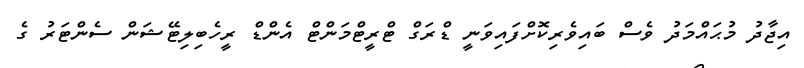
އިޖާދު މުޙައްމަދު ވެސް ބައިވެރިކޮށްފައިވަނީ ޑްރަގް ޓްރީޓްމަންޓް އެންޑް ރީހެބިލިޓޭޝަން ސެންޓަރު ގެ